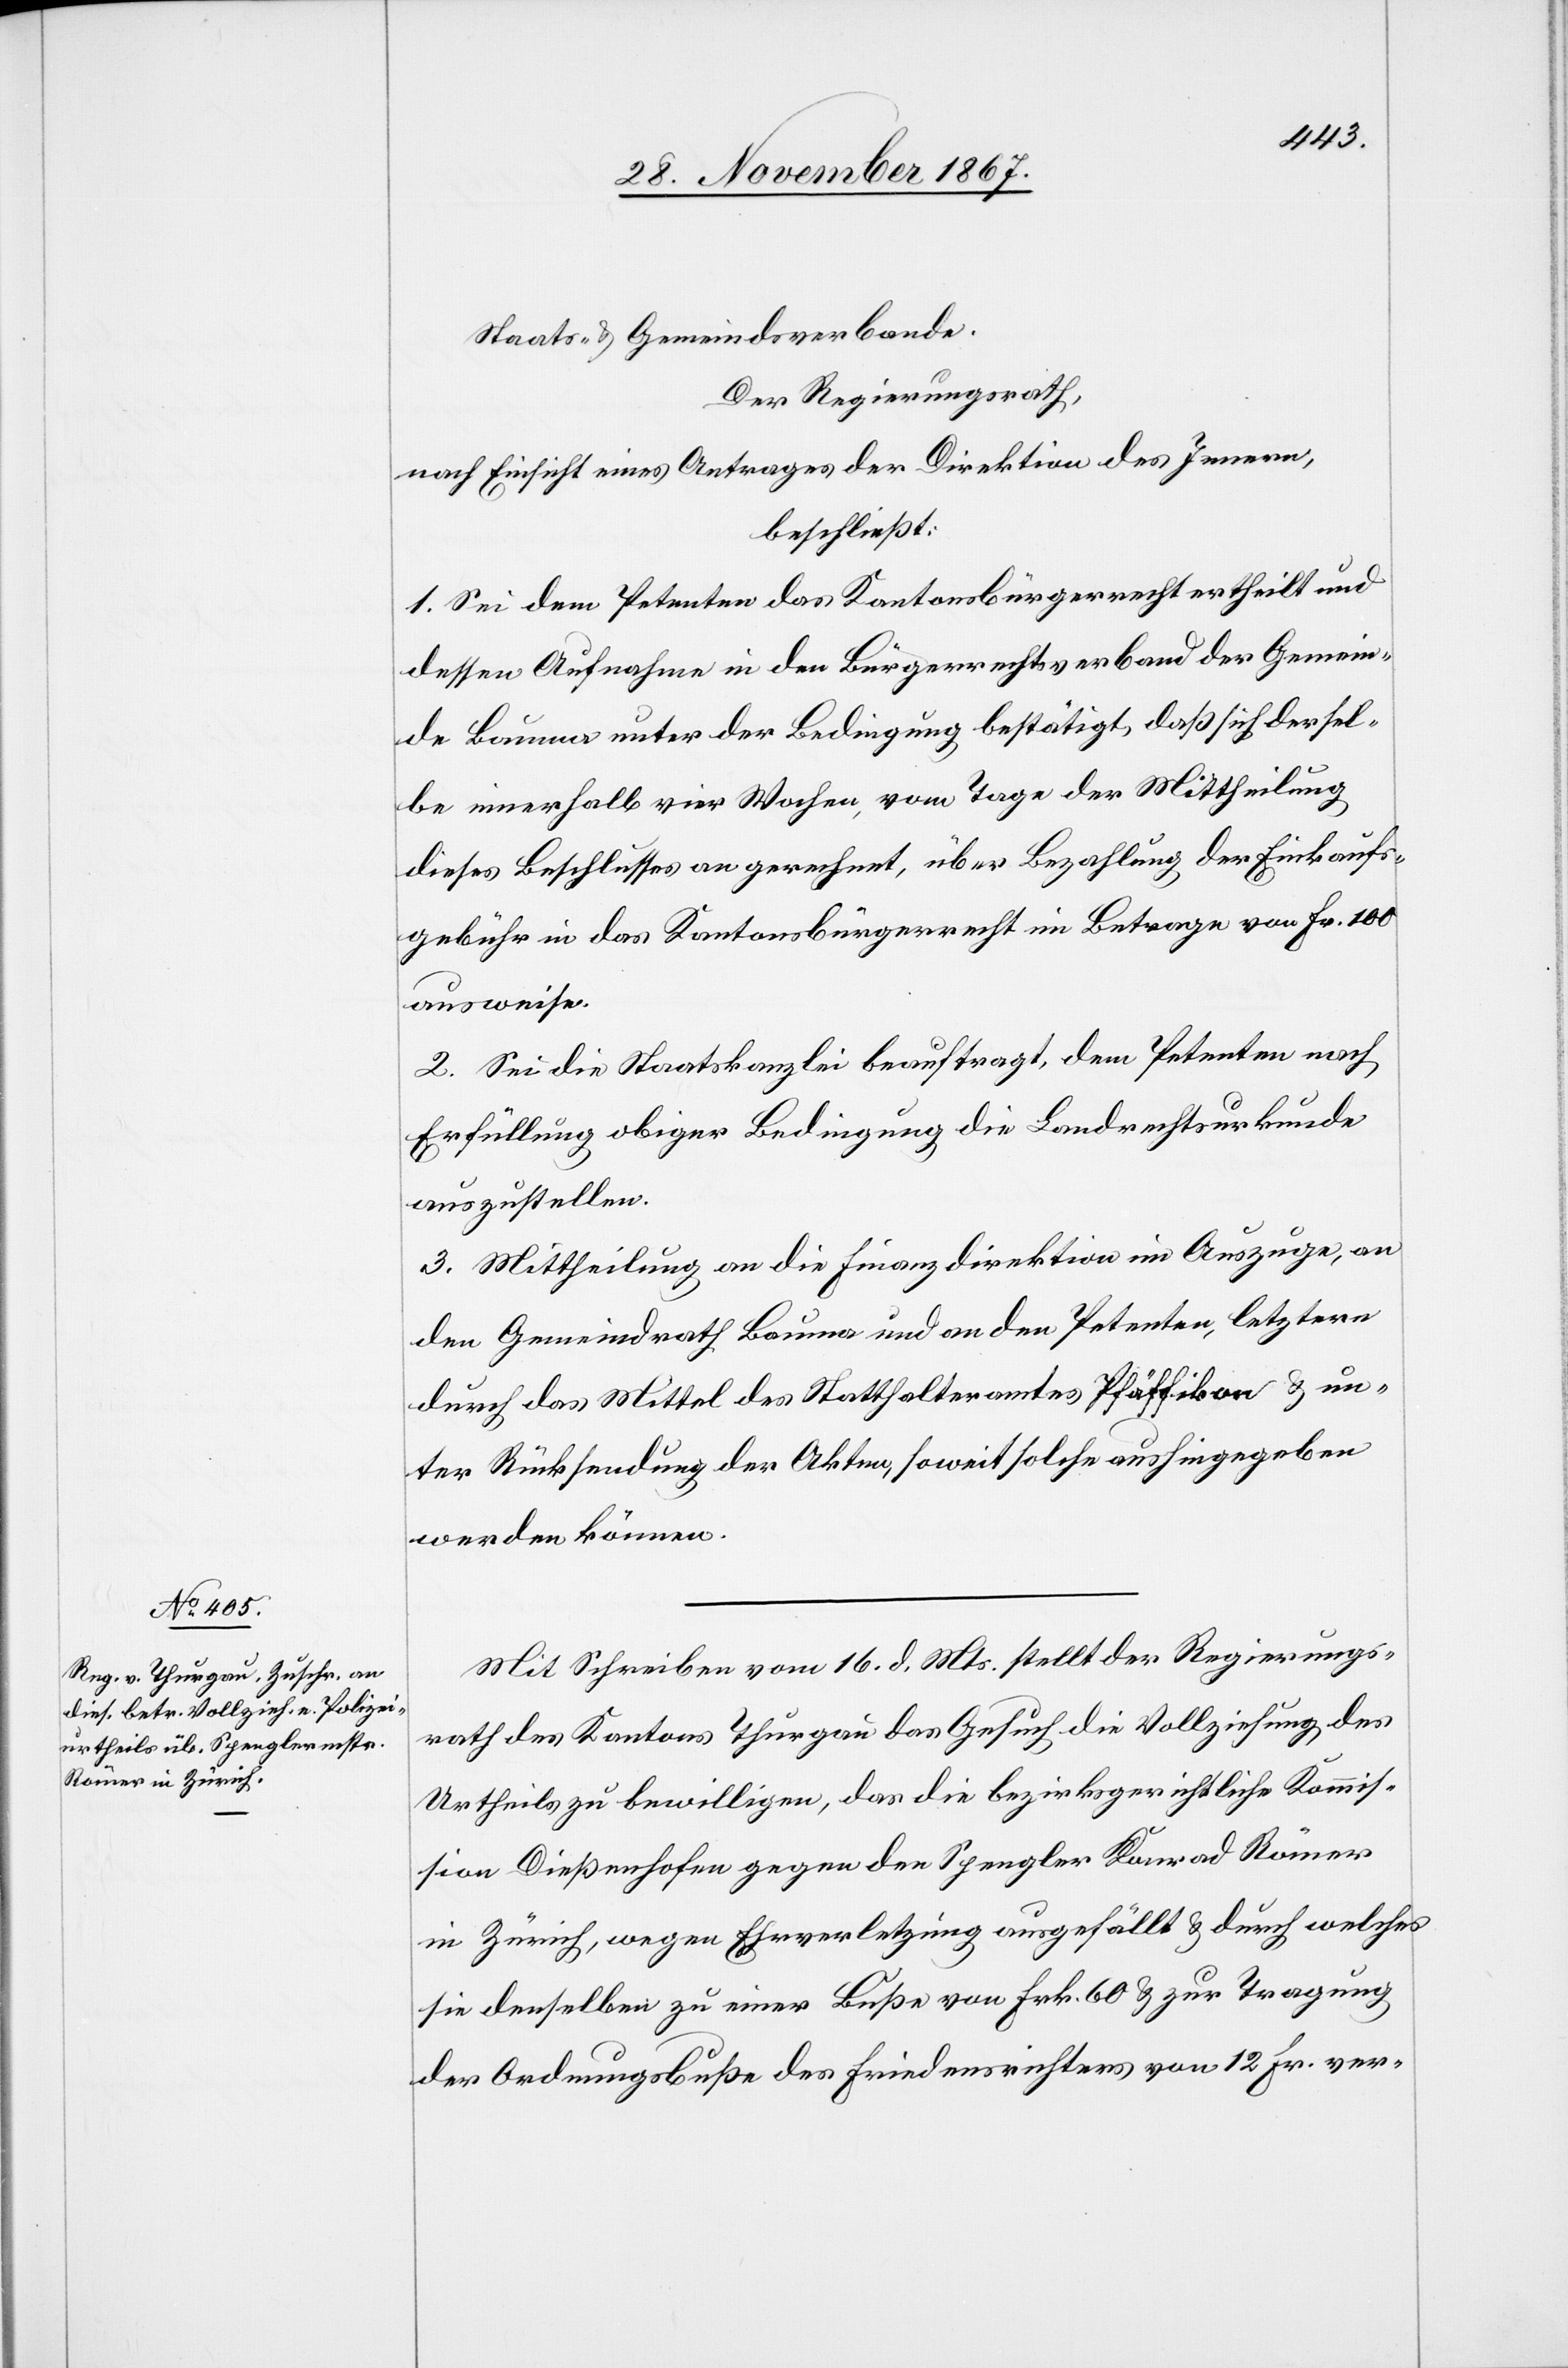
Staats u. Gemeindsverbande.
Der Regierungsrath,
nach Einsicht eines Antrages der Direktion des Innern,
beschließt:
1. Sei dem Petenten das Kantonsbürgerrecht ertheilt und
dessen Aufnahme in den Bürgerrechtsverband der Gemein¬
de Bauma unter der Bedingungen bestätigt, daß sich dersel¬
be innerhalb vier Wochen, vom Tage der Mittheilung
dieses Beschlusses an gerechnet, über Bezahlung der Einkaufs¬
gebühr in das Kantonsbürgerrecht im Betrage von Fr. 100
ausweise.
2. Sei die Staatskanzlei beauftragt, dem Petenten nach
Erfüllung obiger Bedingung die Landrechtsurkunde
auszustellen.
3. Mittheilung an die Finanzdirektion im Auszuge, an
den Gemeindrath Baum und an den Petenten, letztern
durch das Mittel des Statthalteramtes Pfäffikon u. un¬
ter Rücksendung der Akten, soweit dieselben aushingegeben
werden können.
Mit Schreiben vom 16. d. Mts. stellt der Regierungs¬
rath des Kantons Thurgau das Gesuch die Vollziehung des
Urtheils zu bewilligen, das die bezirksgerichtliche Kommis¬
sion Dießenhofen gegen den Spengler Konrad Römer
in Zürich, wegen Ehrverletzung ausgefällt u. durch welches
sie denselben zu einer Buße von Frk. 60 u. zur Tragung
der Ordnungsbuße des Friedensrichters von 12 Fr. ver-